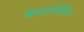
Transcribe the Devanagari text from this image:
कालमेटिव